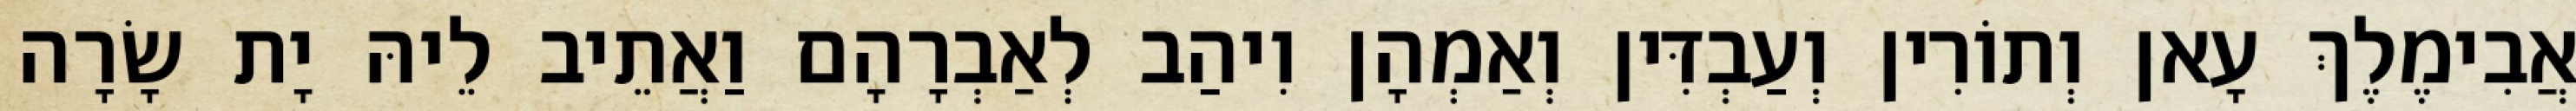
אֲבִימֶלֶךְ עָאן וְתוֹרִין וְעַבְדִּין וְאַמְהָן וִיהַב לְאַבְרָהָם וַאֲתֵיב לֵיהּ יָת שָׂרָה